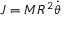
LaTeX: J = M R ^ { 2 } { \dot { \theta } }